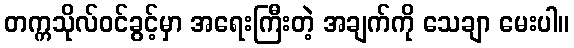
တက္ကသိုလ်ဝင်ခွင့်မှာ အရေးကြီးတဲ့ အချက်ကို သေချာ မေးပါ။